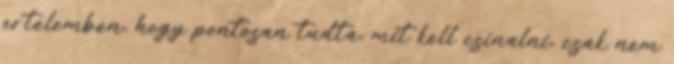
ertelemben, hogy pontosan tudta, mit kell csinalni, csak nem